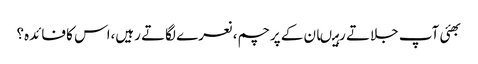
بھئی آپ جلاتے رہیںان کے پرچم،نعرے لگاتے رہیں،اس کا فائدہ؟